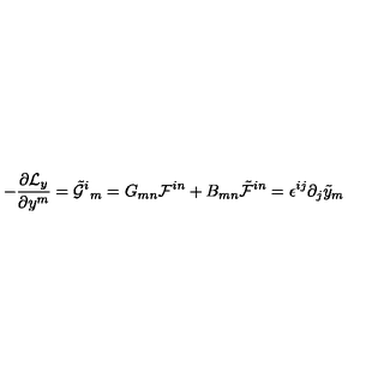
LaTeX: - \frac { \partial { \cal L } _ { y } } { \partial y ^ { m } } = \tilde { \cal G } ^ { i } { } _ { m } = G _ { m n } { \cal F } ^ { i n } + B _ { m n } \tilde { \cal F } ^ { i n } = \epsilon ^ { i j } \partial _ { j } \tilde { y } _ { m }